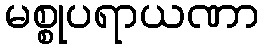
မစ္စုပရာယဏာ